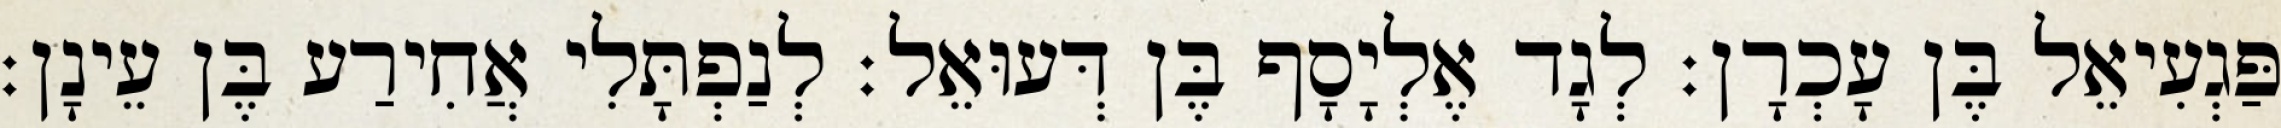
פַּגְעִיאֵל בֶּן עָכְרָן׃ לְגָד אֶלְיָסָף בֶּן דְּעוּאֵל׃ לְנַפְתָּלִי אֲחִירַע בֶּן עֵינָן׃